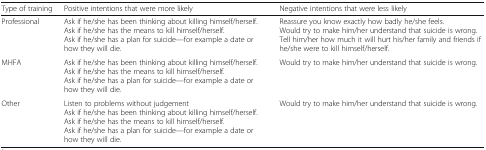
<table><thead><tr><td><b>Type of training</b></td><td><b>Positive intentions that were more likely</b></td><td><b>Negative intentions that were less likely</b></td></tr></thead><tbody><tr><td>Professional</td><td>Ask if he/she has been thinking about killing himself/herself.Ask if he/she has the means to kill himself/herself.Ask if he/she has a plan for suicide—for example a date or how they will die.</td><td>Reassure you know exactly how badly he/she feels.Would try to make him/her understand that suicide is wrong.Tell him/her how much it will hurt his/her family and friends if he/she were to kill himself/herself.</td></tr><tr><td>MHFA</td><td>Ask if he/she has been thinking about killing himself/herself.Ask if he/she has the means to kill himself/herself.Ask if he/she has a plan for suicide—for example a date or how they will die.</td><td>Would try to make him/her understand that suicide is wrong.</td></tr><tr><td>Other</td><td>Listen to problems without judgementAsk if he/she has been thinking about killing himself/herself.Ask if he/she has the means to kill himself/herself.Ask if he/she has a plan for suicide—for example a date or how they will die.</td><td>Would try to make him/her understand that suicide is wrong.</td></tr></tbody></table>